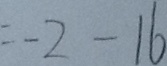
= - 2 - 1 6